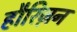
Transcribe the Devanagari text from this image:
हौरिज़न